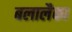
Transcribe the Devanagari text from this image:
बलालैका